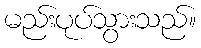
မည်းပုပ်သွားသည်။